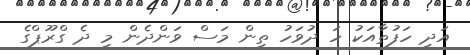
އަދި ހަފުތާއަކު ހަ ދުވަހު ތިން މަސް ވަންދެން މި ދެ ގްރޫޕްގެ